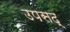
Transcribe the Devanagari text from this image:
उपसद्